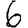
Digit: 6